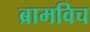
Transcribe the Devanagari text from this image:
ब्रामविच